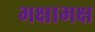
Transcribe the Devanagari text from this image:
भक्षाभक्ष